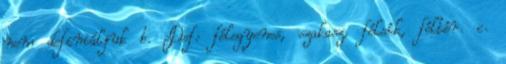
nem definiáljuk b. Def: félegyenes, szakasz, félsík, féltér. c.